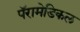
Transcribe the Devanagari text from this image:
पॅरामेडिकल